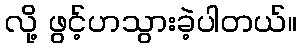
လို့ ဖွင့်ဟသွားခဲ့ပါတယ်။